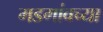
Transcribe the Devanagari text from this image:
मडगांवच्या